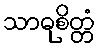
သာဓုစိတ္တံ